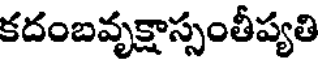
కదంబవృక్షాస్సంతీప్యతి